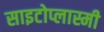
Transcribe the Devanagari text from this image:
साइटोप्लास्मी